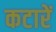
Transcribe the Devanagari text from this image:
कटारें